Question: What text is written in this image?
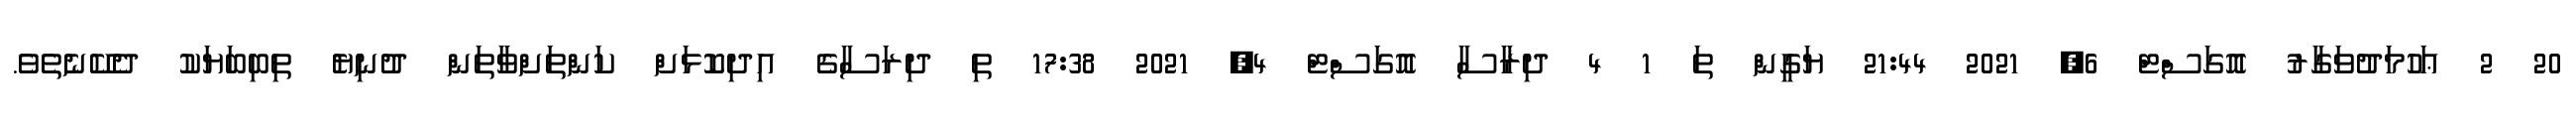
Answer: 20 2 ޢަހުމަދުވަގާރު އޮގަސްޓް 6, 2021 21:44 ޔަގީން ތަ 1 4 ދިރާސާ އޮގަސްޓް 4, 2021 17:38 ތި ދިރަސާގެ އިދިކޮޅަށް ކަންތަށްވާތަން ދުނިޔެ ތިބިބަޔަކު ދެކޭނެތެވެ.